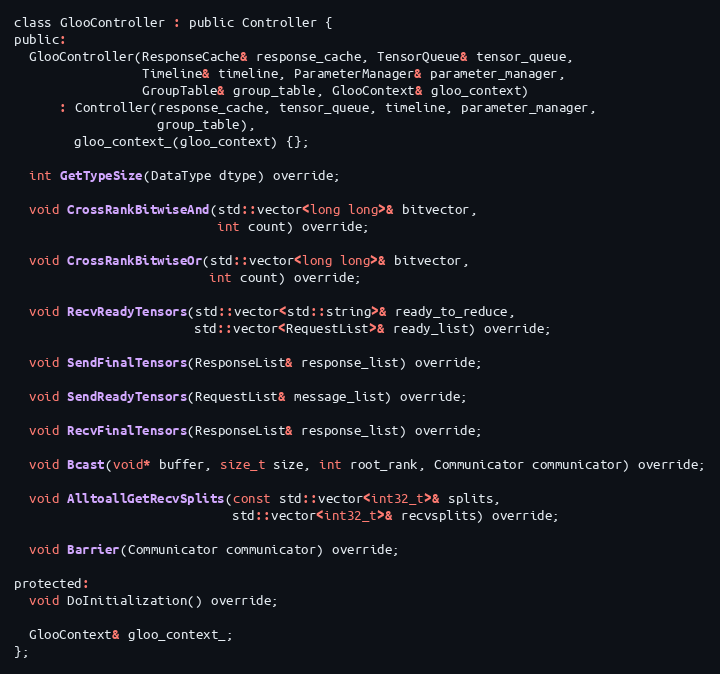
Language: C
class GlooController : public Controller {
public:
  GlooController(ResponseCache& response_cache, TensorQueue& tensor_queue,
                 Timeline& timeline, ParameterManager& parameter_manager,
                 GroupTable& group_table, GlooContext& gloo_context)
      : Controller(response_cache, tensor_queue, timeline, parameter_manager,
                   group_table),
        gloo_context_(gloo_context) {};

  int GetTypeSize(DataType dtype) override;

  void CrossRankBitwiseAnd(std::vector<long long>& bitvector,
                           int count) override;

  void CrossRankBitwiseOr(std::vector<long long>& bitvector,
                          int count) override;

  void RecvReadyTensors(std::vector<std::string>& ready_to_reduce,
                        std::vector<RequestList>& ready_list) override;

  void SendFinalTensors(ResponseList& response_list) override;

  void SendReadyTensors(RequestList& message_list) override;

  void RecvFinalTensors(ResponseList& response_list) override;

  void Bcast(void* buffer, size_t size, int root_rank, Communicator communicator) override;

  void AlltoallGetRecvSplits(const std::vector<int32_t>& splits,
                             std::vector<int32_t>& recvsplits) override;

  void Barrier(Communicator communicator) override;

protected:
  void DoInitialization() override;

  GlooContext& gloo_context_;
};